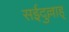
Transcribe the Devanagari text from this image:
सईदुल्लाह्